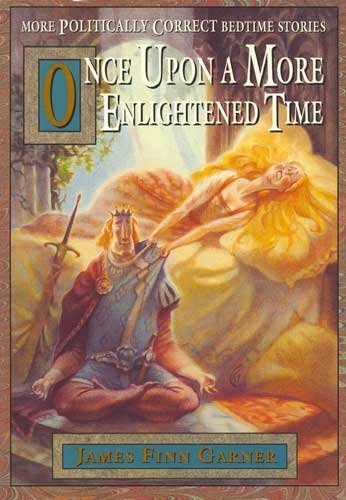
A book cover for Once Upon a More Enlightened Time: More Politically Correct Bedtime Stories; James Finn Garner; Crafts, Hobbies & Home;